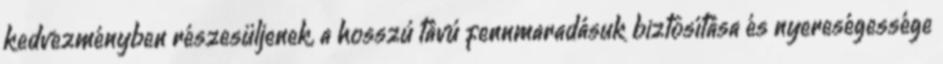
kedvezményben részesüljenek, a hosszú távú fennmaradásuk biztosítása és nyereségessége